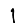
Digit: 1